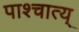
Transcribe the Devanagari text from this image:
पाश्चात्य्